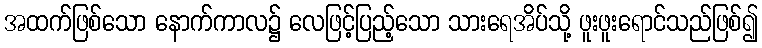
အထက်ဖြစ်သော နောက်ကာလ၌ လေဖြင့်ပြည့်သော သားရေအိပ်သို့ ဖူးဖူးရောင်သည်ဖြစ်၍